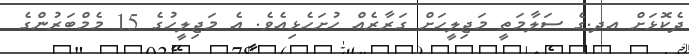
ދެކޮޅަށް އދ.ގެ ސަލާމަތީ މަޖިލީހަށް ގަރާރެއް ހުށަހެޅިއެވެ. އެ މަޖިލީހުގެ 15 މެމްބަރުންގެ